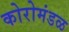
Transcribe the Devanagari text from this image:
कोरोमंडळ